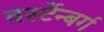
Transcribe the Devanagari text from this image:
वर्स्टेन्बर्ग